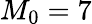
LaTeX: M_{0}=7